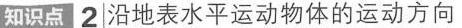
知识点 2 沿地表水平运动物体的运动方向